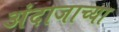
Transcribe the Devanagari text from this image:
अंदाजाच्या